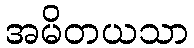
အမိတယသာ